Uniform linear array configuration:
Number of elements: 4
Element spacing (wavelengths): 0.75
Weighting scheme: uniform
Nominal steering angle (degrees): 30
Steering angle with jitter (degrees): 29.211
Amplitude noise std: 0.05
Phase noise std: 0.05

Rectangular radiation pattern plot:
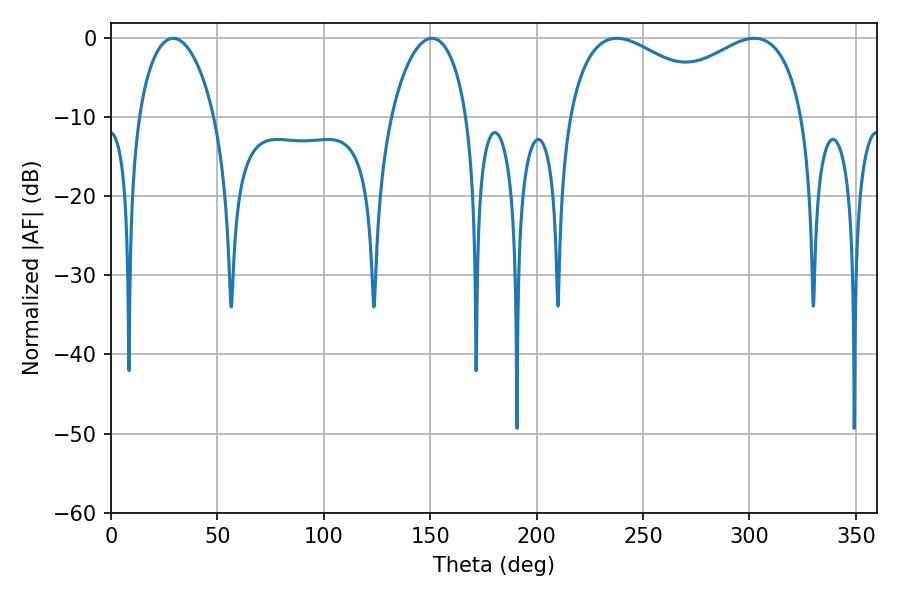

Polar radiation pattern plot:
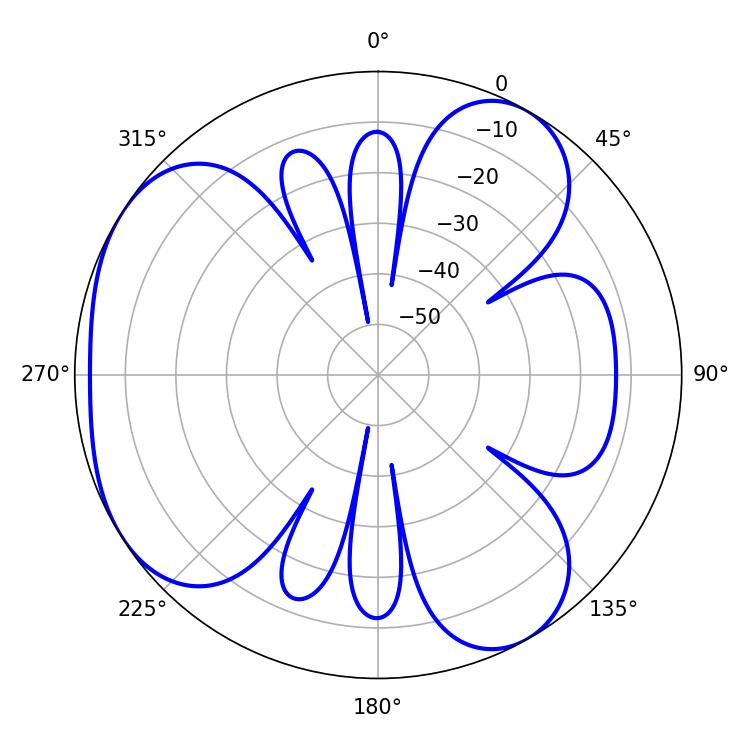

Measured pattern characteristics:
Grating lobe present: TRUE
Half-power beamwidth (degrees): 92.52
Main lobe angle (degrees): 302.22